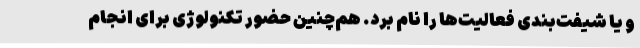
و یا شیفت‌بندی فعالیت‌ها را نام برد. هم‌چنین حضور تکنولوژی برای انجام